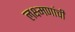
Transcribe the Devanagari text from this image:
लक्ष्मणांची